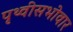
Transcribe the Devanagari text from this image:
पृथ्वीसभोवार